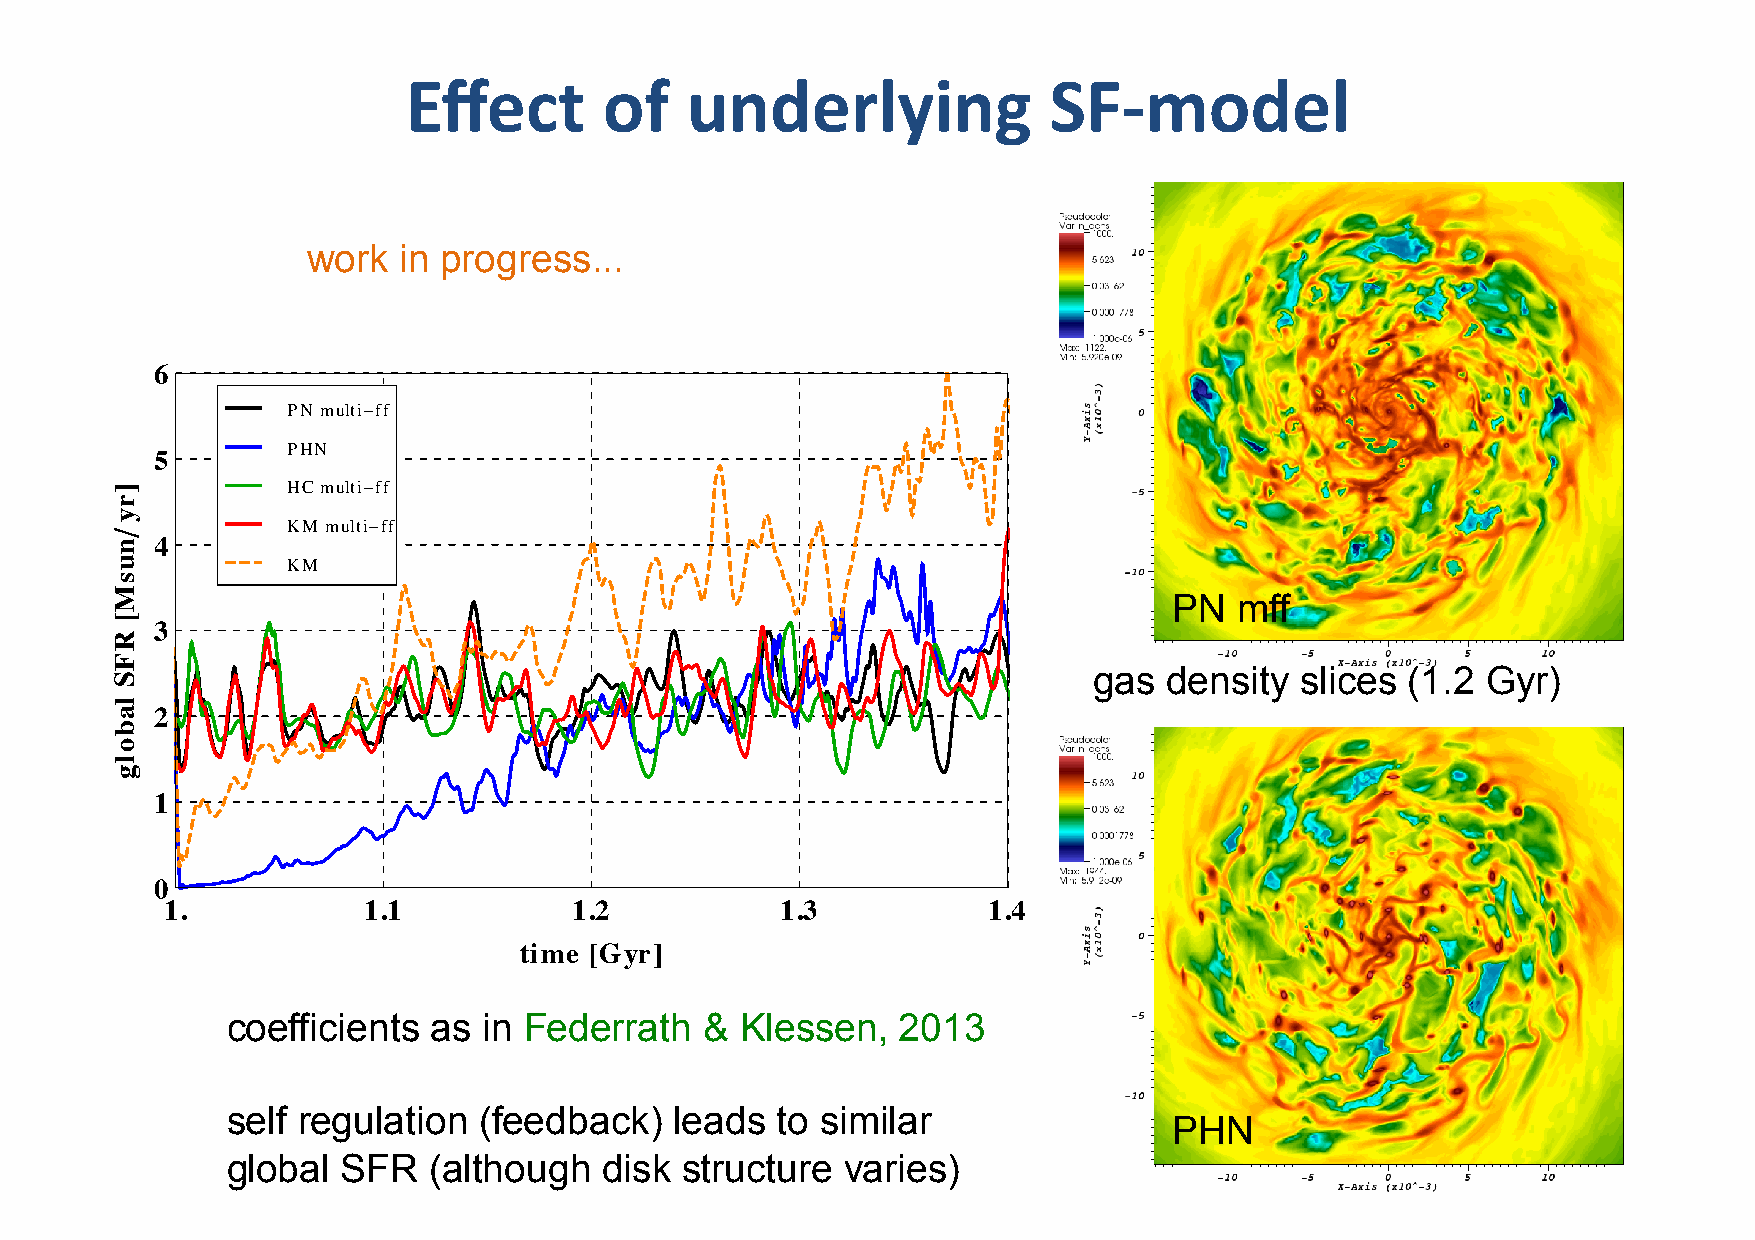
Effect       of   underlying              SF-­‐model
 work  in progress...
 6
 PN multi-ff
 PHN
 5
 HCmulti-ff
 KM multi-ff
 4
 KM
 PN  mff
 3
 gas  density  slices (1.2 Gyr)
 2
 1
 0
 1.           1.1           1.2           1.3          1.4
 time  Gyr
 coefficients  as in Federrath   & Klessen,   2013
 @   D
 self regulation  (feedback)   leads to similar
 PHN
 global  SFR  (although   disk structure  varies)
 ry
 nusM
 RFS
 labolg
 D
 ê
 @